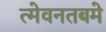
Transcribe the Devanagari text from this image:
त्मेवनतबमे